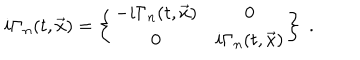
i { \bf \Gamma } _ { n } ( t , \vec { x } ) = \left\{ \begin{array} { c c } { { - i \Gamma _ { n } ( t , \vec { x } ) } } & { { 0 } } \\ { { 0 } } & { { i \Gamma _ { n } ( t , \vec { x } ) } } \\ \end{array} \right\} \; .